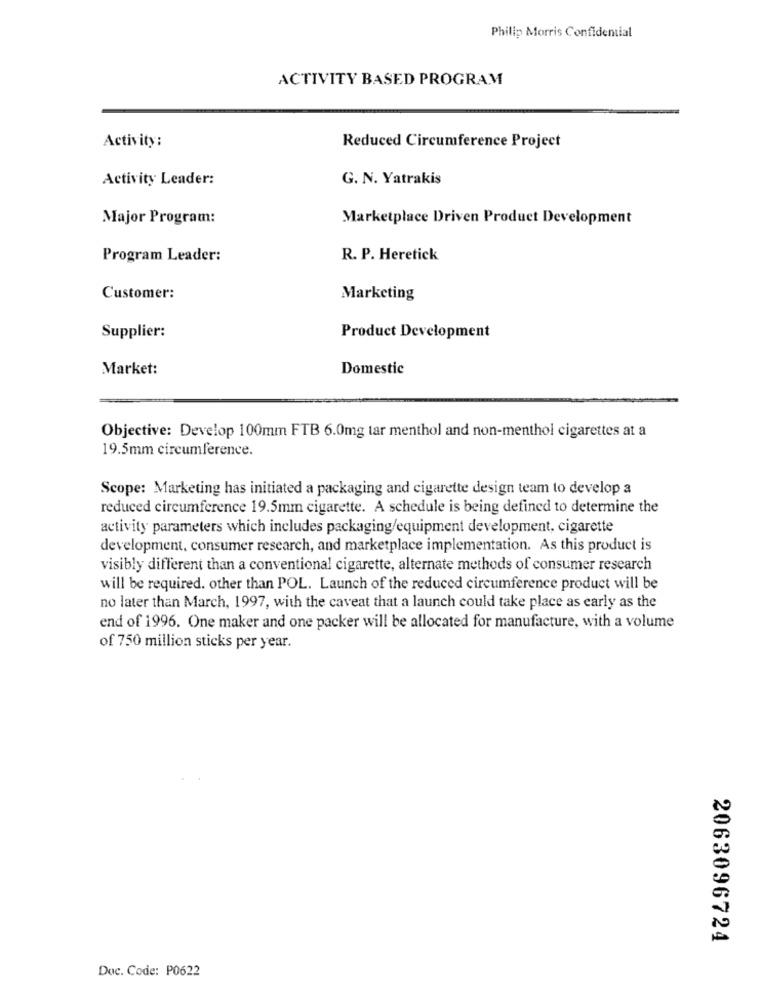
Philip Morris Confidential
ACTIVITY BASED PROGRAM
Activity:
Reduced Circumference Project
Activity Leader:
G. N. Yatrakis
Major Program:
Marketplace Driven Product Development
Program Leader:
R. P. Heretick
Customer:
Marketing
Supplier:
Product Development
Market:
Domestic
Objective: Develop 100mm FTB 6.0mg tar menthol and non-menthol cigarettes at a
19.5mm circumference.
Scope: Marketing has initiated a packaging and cigarette design team to develop a
reduced circumference 19.5mm cigarette. A schedule is being defined to determine the
activity parameters which includes packaging/equipment development, cigarette
development, consumer research, and marketplace implementation. As this product is
visibly different than a conventional cigarette, alternate methods of consumer research
will be required. other than POL. Launch of the reduced circumference product will be
no later than March, 1997, with the caveat that a launch could take place as early as the
end of 1996. One maker and one packer will be allocated for manufacture, with a volume
of 750 million sticks per year.
2063096724
Doc. Code: P0622